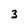
Character: 3